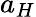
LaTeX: a_{H}